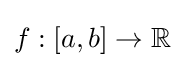
{\textstyle f:[a,b]\to \mathbb {R} }